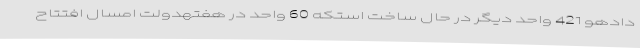
دادهو 421 واحد دیگر در حال ساخت استکه 60 واحد در هفتهدولت امسال افتتاح